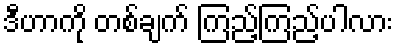
ဒီဟာကို တစ်ချက် ကြည့်ကြည့်ပါလား